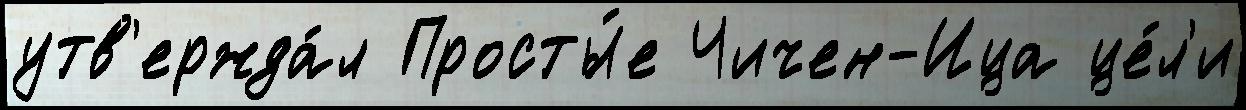
утв'ержда́л Просты́е Чичен-Ица це́л'и